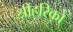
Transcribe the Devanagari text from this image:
श्रीहरिको